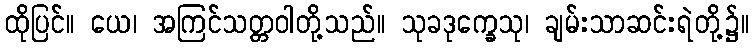
ထိုပြင်။ ယေ၊ အကြင်သတ္တဝါတို့သည်။ သုခဒုက္ခေသု၊ ချမ်းသာဆင်းရဲတို့၌။